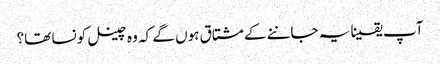
آپ یقینا یہ جاننے کے مشتاق ہوں گے کہ وہ چینل کونسا تھا؟